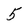
Character: 5